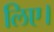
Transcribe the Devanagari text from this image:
लिए।